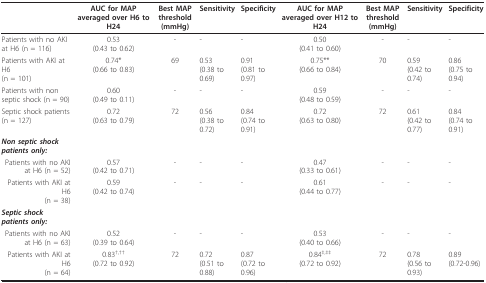
<table><thead><tr><td></td><td><b>AUC for MAP averaged over H6 to H24</b></td><td><b>Best MAP threshold(mmHg)</b></td><td><b>Sensitivity</b></td><td><b>Specificity</b></td><td><b>AUC for MAP averaged over H12 to H24</b></td><td><b>Best MAP threshold(mmHg)</b></td><td><b>Sensitivity</b></td><td><b>Specificity</b></td></tr></thead><tbody><tr><td>Patients with no AKI at H6 (n = 116)</td><td>0.53(0.43 to 0.62)</td><td>-</td><td>-</td><td>-</td><td>0.50(0.41 to 0.60)</td><td>-</td><td>-</td><td>-</td></tr><tr><td>Patients with AKI at H6(n = 101)</td><td>0.74*(0.66 to 0.83)</td><td>69</td><td>0.53(0.38 to 0.69)</td><td>0.91(0.81 to 0.97)</td><td>0.75**(0.66 to 0.84)</td><td>70</td><td>0.59(0.42 to 0.74)</td><td>0.86(0.75 to 0.94)</td></tr><tr><td>Patients with non septic shock (n = 90)</td><td>0.60(0.49 to 0.11)</td><td>-</td><td>-</td><td>-</td><td>0.59(0.48 to 0.59)</td><td>-</td><td>-</td><td>-</td></tr><tr><td>Septic shock patients(n = 127)</td><td>0.72(0.63 to 0.79)</td><td>72</td><td>0.56(0.38 to 0.72)</td><td>0.84(0.74 to 0.91)</td><td>0.72(0.63 to 0.80)</td><td>72</td><td>0.61(0.42 to 0.77)</td><td>0.84(0.74 to 0.91)</td></tr><tr><td><b><i>Non septic shock patients only:</i></b></td><td></td><td></td><td></td><td></td><td></td><td></td><td></td><td></td></tr><tr><td>Patients with no AKI at H6 (n = 52)</td><td>0.57(0.42 to 0.71)</td><td>-</td><td>-</td><td>-</td><td>0.47(0.33 to 0.61)</td><td>-</td><td>-</td><td>-</td></tr><tr><td>Patients with AKI at H6(n = 38)</td><td>0.59(0.42 to 0.74)</td><td>-</td><td>-</td><td>-</td><td>0.61(0.44 to 0.77)</td><td>-</td><td>-</td><td>-</td></tr><tr><td><b><i>Septic shock patients only:</i></b></td><td></td><td></td><td></td><td></td><td></td><td></td><td></td><td></td></tr><tr><td>Patients with no AKI at H6 (n = 63)</td><td>0.52(0.39 to 0.64)</td><td>-</td><td>-</td><td>-</td><td>0.53(0.40 to 0.66)</td><td>-</td><td>-</td><td>-</td></tr><tr><td>Patients with AKI at H6(n = 64)</td><td>0.83<sup>†,††</sup>(0.72 to 0.92)</td><td>72</td><td>0.72(0.51 to 0.88)</td><td>0.87(0.72 to 0.96)</td><td>0.84<sup>‡,‡‡</sup>(0.72 to 0.92)</td><td>72</td><td>0.78(0.56 to 0.93)</td><td>0.89(0.72-0.96)</td></tr></tbody></table>